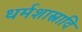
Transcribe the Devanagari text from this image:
धर्मशास्त्रादि